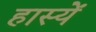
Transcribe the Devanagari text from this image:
हास्यें